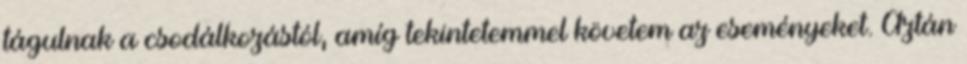
tágulnak a csodálkozástól, amíg tekintetemmel követem az eseményeket. Aztán